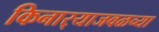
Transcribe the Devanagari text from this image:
किनार्‍याजवळच्या